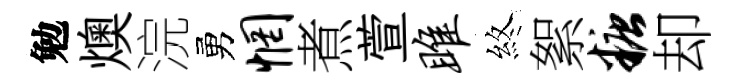
勉燠浣勇惘煮萱雎煞絮糖却